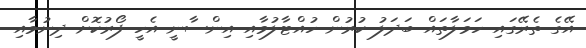
އޭގެ ތެރޭގައި ހަމަލާތައް ބަދަލު ކުރުން ހުއްޓާލުމާއި އިންސާނީ އެހީ ފޯރުކޮށް ދިނުމާއި